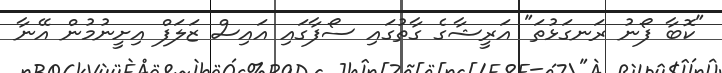
"ކޮބާ ފޯނު ރަނގަޅުތަ" އަރީޝާގެ ގާތުގައި ސޯފާގައި އައިސް ޒަލަފް އިށީނުމުން އޭނާ